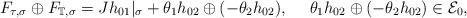
LaTeX: \begin{align*} F_{\tau,\sigma}\oplus F_{\mathbb T,\sigma} = J h_{01}|_\sigma + \theta_1h_{02}\oplus(-\theta_2h_{02}), \ \ \ \ \theta_1h_{02}\oplus(-\theta_2h_{02})\in\mathcal E_0,\end{align*}